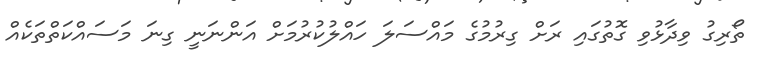
ތޯރިގު ވިދާޅުވި ގޮތުގައި ރަށް ގިރުމުގެ މައްސަލަ ހައްލުކުރުމަށް އަންނަނީ ގިނަ މަސައްކަތްތަކެއް